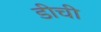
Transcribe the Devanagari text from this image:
डीची